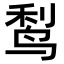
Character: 𬸎